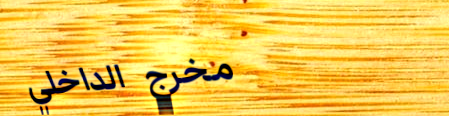
مخرج الداخلي